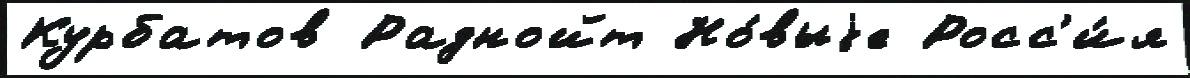
Курбатов Раднойт Но́выjе Росс'и́я